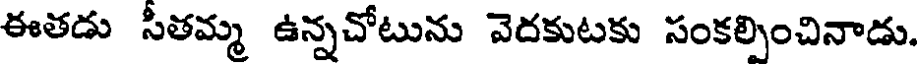
ఈతడు సీతమ్మ ఉన్నచోటును వెదకుటకు సంకల్పించినాడు.